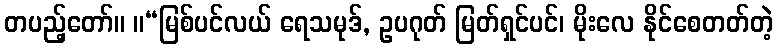
တပည့်တော်။ ။“မြစ်ပင်လယ် ရေသမုဒ်, ဥပဂုတ် မြတ်ရှင်ပင်၊ မိုးလေ နိုင်စေတတ်တဲ့